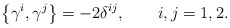
\begin{align*}\left\{ \gamma^{i},\gamma^{j}\right\} =-2\delta^{ij},\qquad i,j=1,2.\end{align*}